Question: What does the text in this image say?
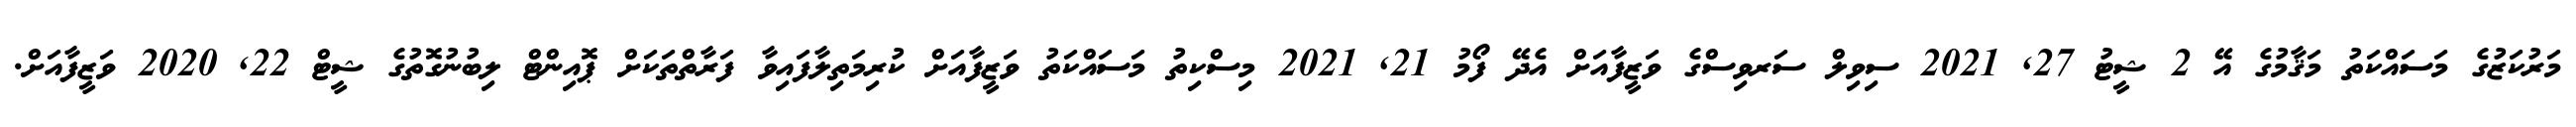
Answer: މަރުކަޒުގެ މަސައްކަތު މަޤާމުގެ އޭ 2 ޝީޓު 27, 2021 ސިވިލް ސަރވިސްގެ ވަޒީފާއަށް އެދޭ ފޯމު 21, 2021 މިސްކިތު މަސައްކަތު ވަޒީފާއަށް ކުރިމަތިލާފައިވާ ފަރާތްތަކަށް ޕޮއިންޓް ލިބުނުގޮތުގެ ޝީޓް 22, 2020 ވަޒީފާއަށް.